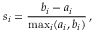
s _ { i } = \frac { b _ { i } - a _ { i } } { \operatorname* { m a x } _ { i } ( a _ { i } , b _ { i } ) } \, ,